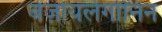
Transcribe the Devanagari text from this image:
बेंज़ोयलेगोनिन